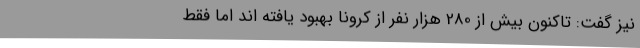
نیز گفت: تاکنون بیش از 280 هزار نفر از کرونا بهبود یافته اند اما فقط